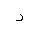
Letter: _dal